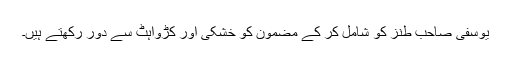
یوسفی صاحب طنز کو شامل کر کے مضمون کو خشکی اور کڑواہٹ سے دور رکھتے ہیں۔